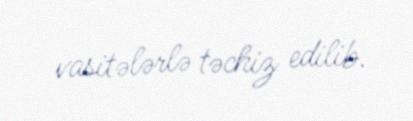
vasitələrlə təchiz edilib.